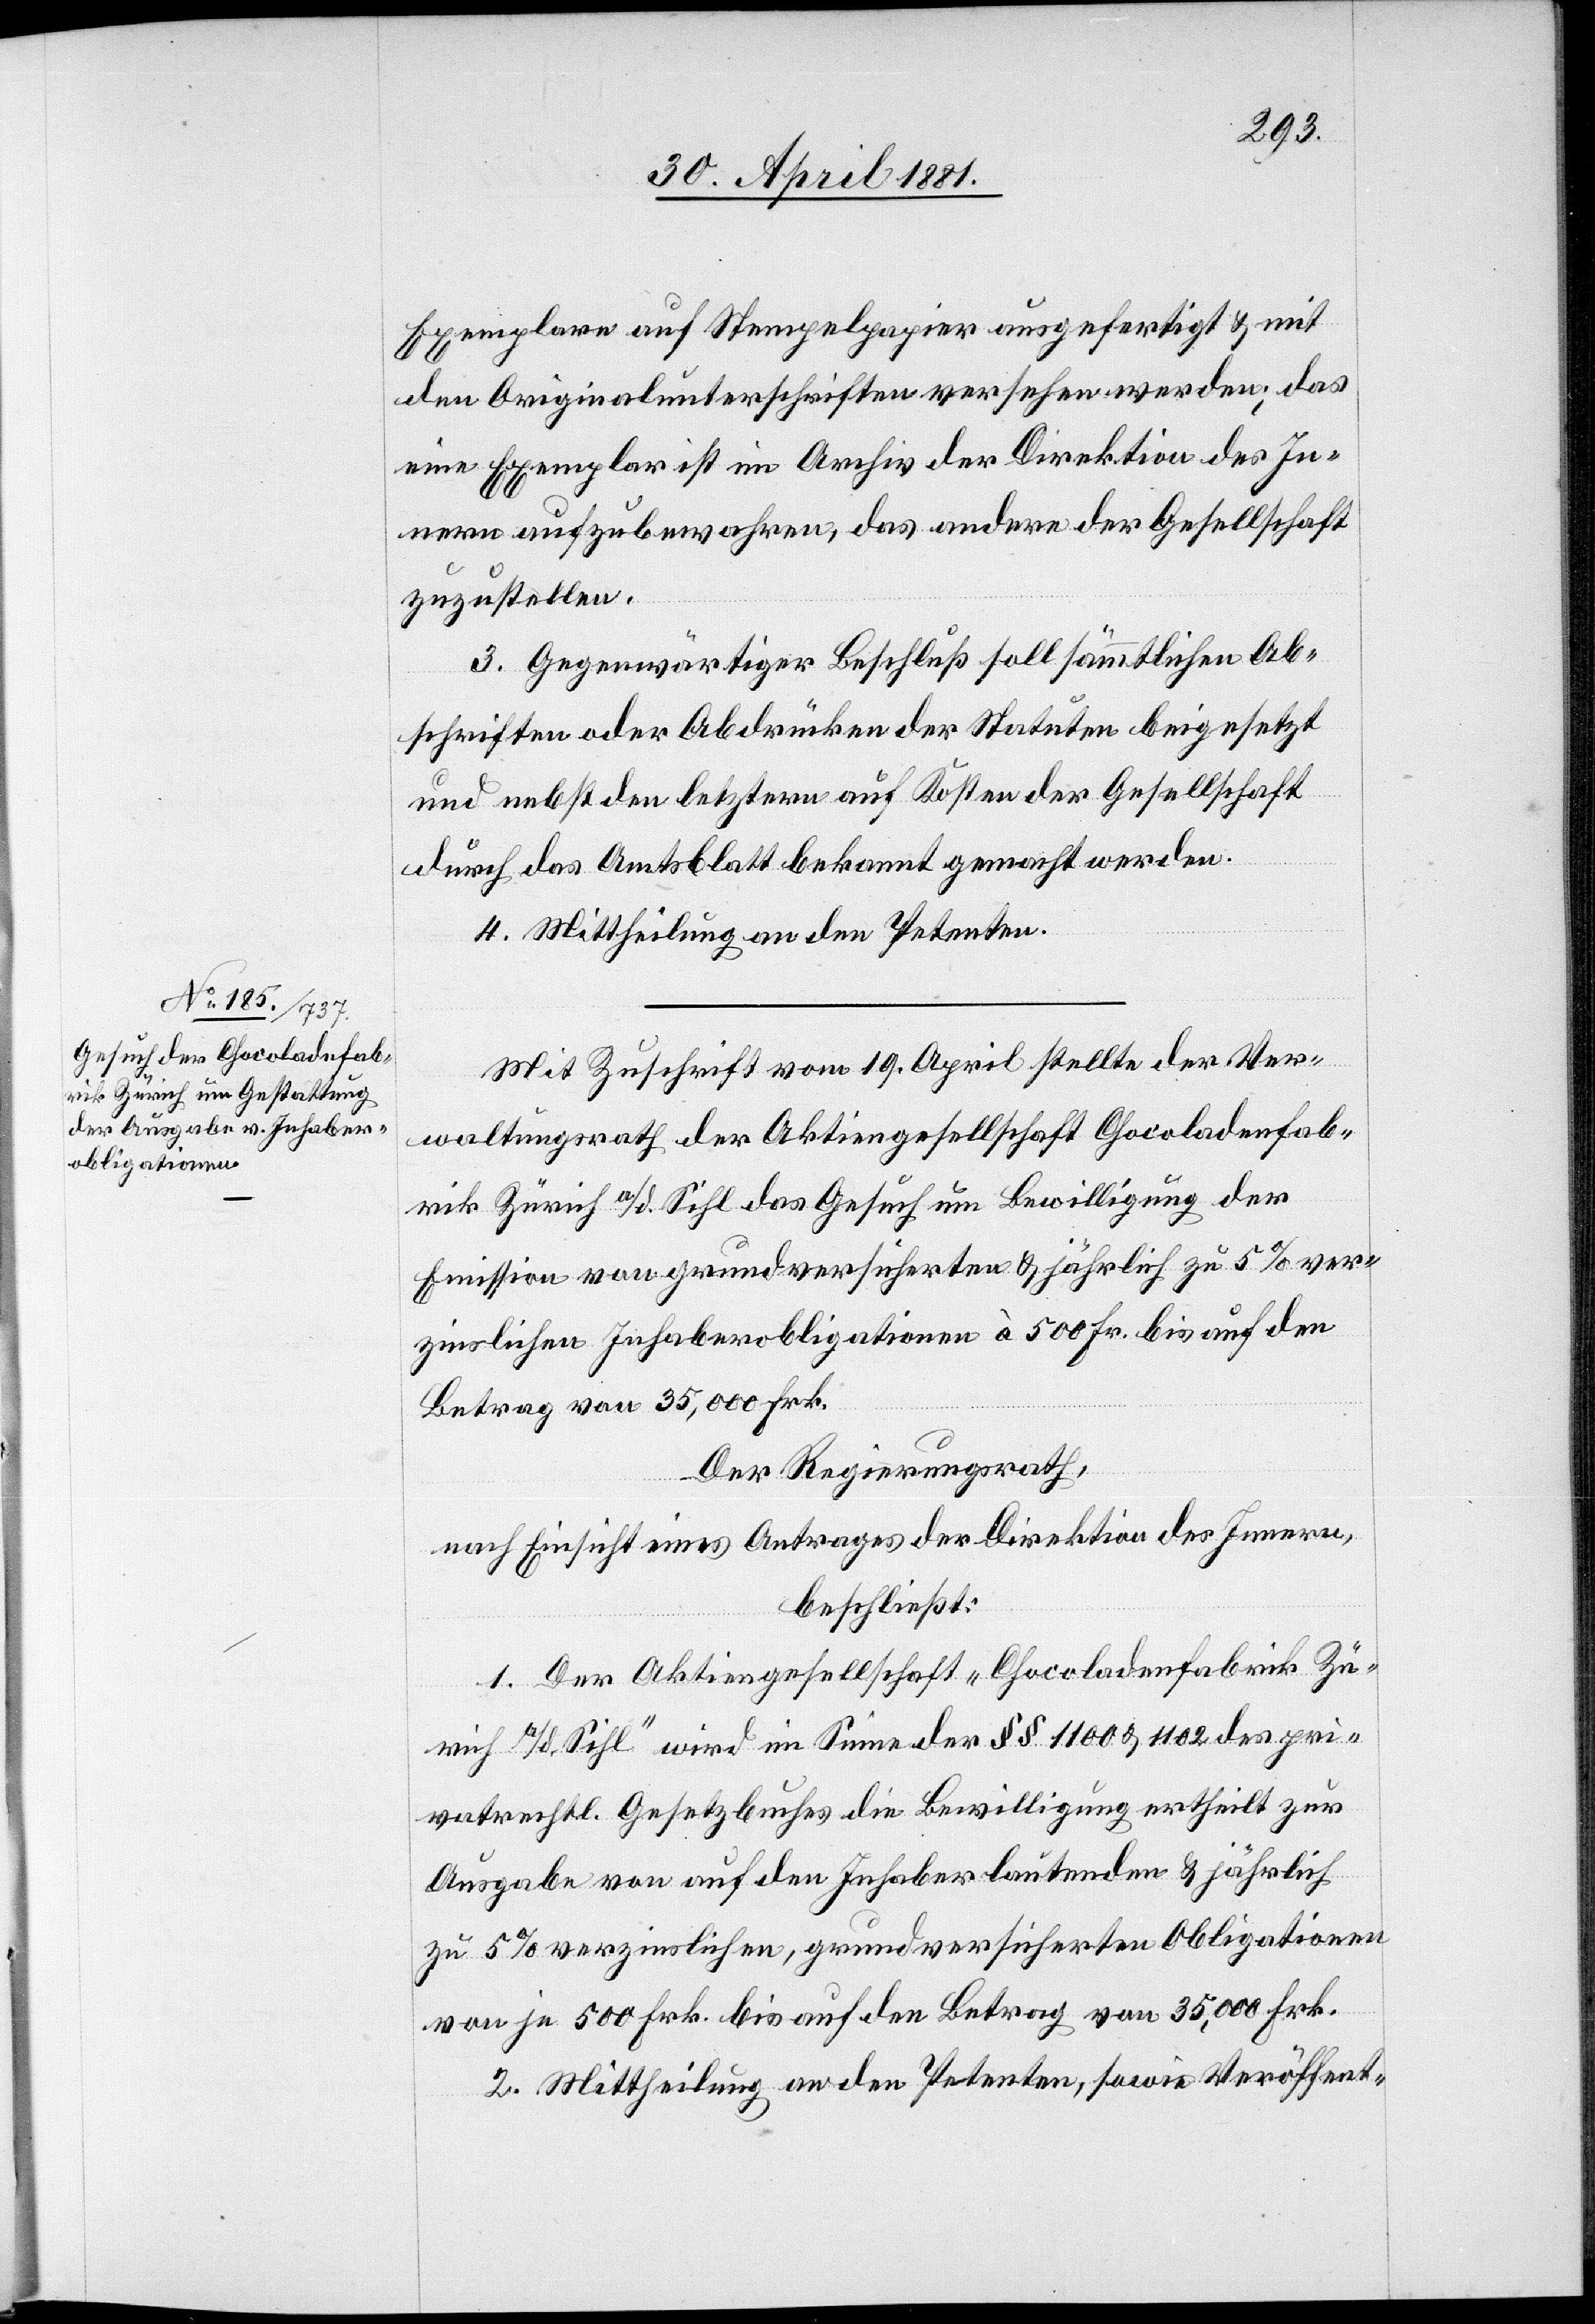
Exemplare auf Stempelpapier ausgefertigt & mit
den Originalunterschriften versehen werden; das
eine Exemplar ist im Archiv der Direktion des In¬
nern aufzubewahren, das andere der Gesellschaft
zuzustellen.
3. Gegenwärtiger Beschluß soll sämmtlichen Ab¬
schriften oder Abdrücken der Statuten beigesetzt
und nebst den letzern auf Kosten der Gesellschaft
durch das Amtsblatt bekannt gemacht werden.
4. Mittheilung an den Petenten.
Mit Zuschrift vom 19. April stellte der Ver¬
waltungsrath der Aktiengesellschaft Chocoladenfab¬
rik Zürich a/d. Sihl das Gesuch um Bewilligung der
Emission von grundversicherten & jährlich zu 5% ver¬
zinslichen Inhaberobligationen à 500 Fr. bis auf den
Betrag von 35,000 Frk.
Der Regierungsrath,
nach Einsicht eines Antrages der Direktion des Innern,
beschließt:
1. Der Aktiengesellschaft „Chocoladenfabrik Zü¬
rich a/d. Sihl“ wird im Sinne der §§ 1100 & 1102 des pri¬
vatrechtl. Gesetzbuches die Bewilligung ertheilt zur
Ausgabe von auf den Inhaber lautenden & jährlich
zu 5% verzinslichen, grundversicherten Obligationen
von je 500 Frk. bis auf den Betrag von 35,000 Frk.
2. Mittheilung an den Petenten, sowie Veröffent-